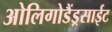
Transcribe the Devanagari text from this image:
ओलिगोडैंड्रसाईट